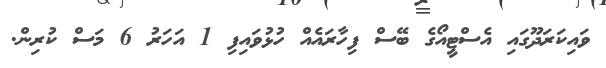
ވައިކަރަދޫގައި އެސްޓީއޯގެ ބޭސް ފިހާރައެއް ހުޅުވައިފި 1 އަހަރު 6 މަސް ކުރިން.